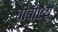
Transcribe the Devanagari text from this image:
बीबीएयू